Indian journal of veterinary science and animal husbandry - Volume 12,
Year: 1942
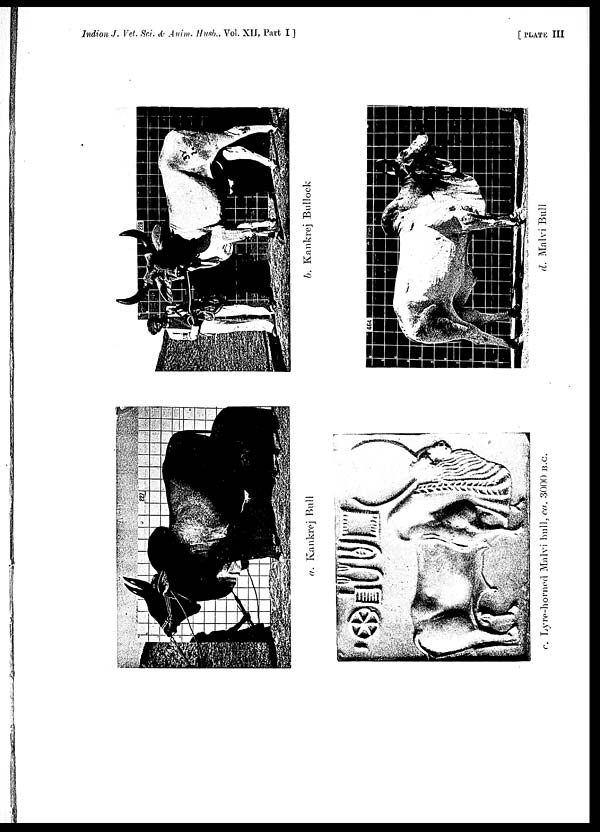
Indian J. Vet. Sci. & Anim. Husb., Vol. XII, Part I ]
[
PLATE
III
a. Kankrej Bull
b. Kankrej Bullock
c. Lyre-horned Malvi bull, ca. 3000 B.C.
d. Malvi Bull